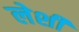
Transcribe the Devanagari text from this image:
लेशी